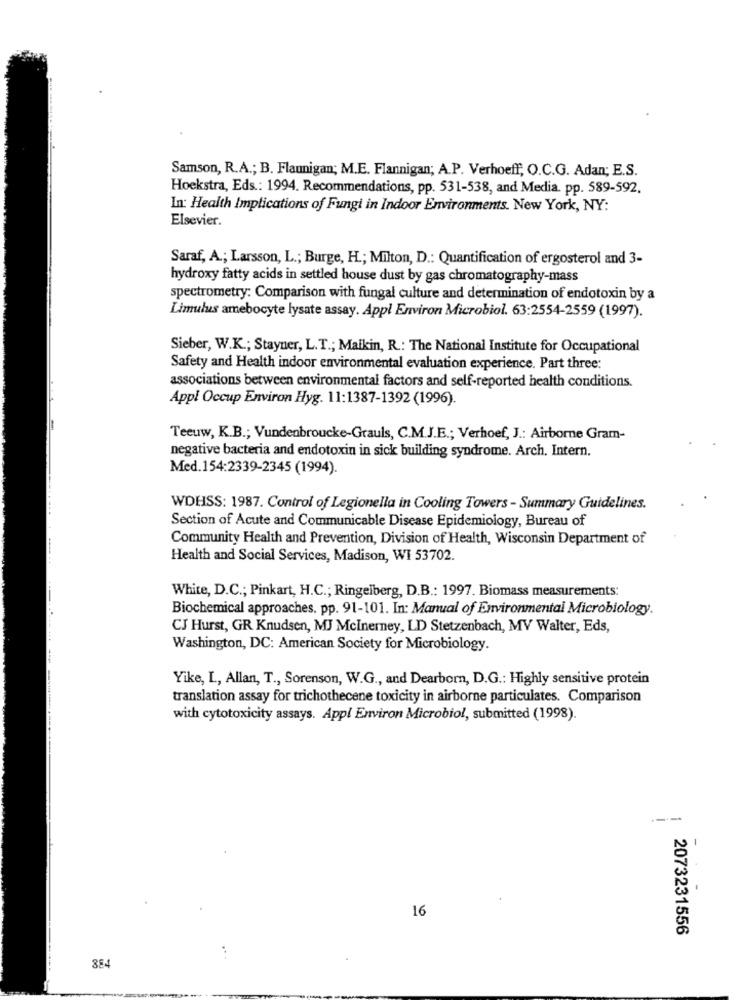
Samson, R.A .; B. Flannigan; M.E. Flannigan; A.P. Verhoeff, O.C.G. Adan; E.S.
Hoekstra, Eds .: 1994. Recommendations, pp. 531-538, and Media. pp. 589-592.
In: Health Implications of Fungi in Indoor Environments. New York, NY:
Elsevier.
Saraf, A .; Larsson, L .; Burge, H .; Milton, D .: Quantification of ergosterol and 3-
hydroxy fatty acids in settled house dust by gas chromatography-mass
spectrometry: Comparison with fungal culture and determination of endotoxin by a
Limulus amebocyte lysate assay. Appl Environ Microbiol. 63:2554-2559 (1997).
Sieber, W.K .; Stayner, L.T .; Malkin, R .: The National Institute for Occupational
Safety and Health indoor environmental evaluation experience. Part three:
associations between environmental factors and self-reported health conditions.
Appl Occup Environ Hyg. 11:1387-1392 (1996)
-
Teeuw, K.B .; Vundenbroucke-Grauls, C.M.J.E .; Verhoef, J .: Airborne Gram-
negative bacteria and endotoxin in sick building syndrome. Arch. Intern.
Med.154:2339-2345 (1994).
WDHSS: 1987. Control of Legionella in Cooling Towers - Summary Guidelines.
---.....
Section of Acute and Communicable Disease Epidemiology, Bureau of
Community Health and Prevention, Division of Health, Wisconsin Department of
Health and Social Services, Madison, WI 53702.
White, D.C .; Pinkart, H.C .; Ringelberg, D.B .: 1997. Biomass measurements:
Biochemical approaches. pp. 91-101. In: Manual of Environmental Microbiology.
CJ Hurst, GR Knudsen, MJ McInerney, LD Stetzenbach, MV Walter, Eds,
Washington, DC: American Society for Microbiology.
Yike, L, Allan, T ., Sorenson, W.G ., and Dearborn, D.G .: Highly sensitive protein
translation assay for trichothecene toxicity in airborne particulates. Comparison
with cytotoxicity assays. Appl Environ Microbiol, submitted (1998).
-------
-
16
2073231556
884